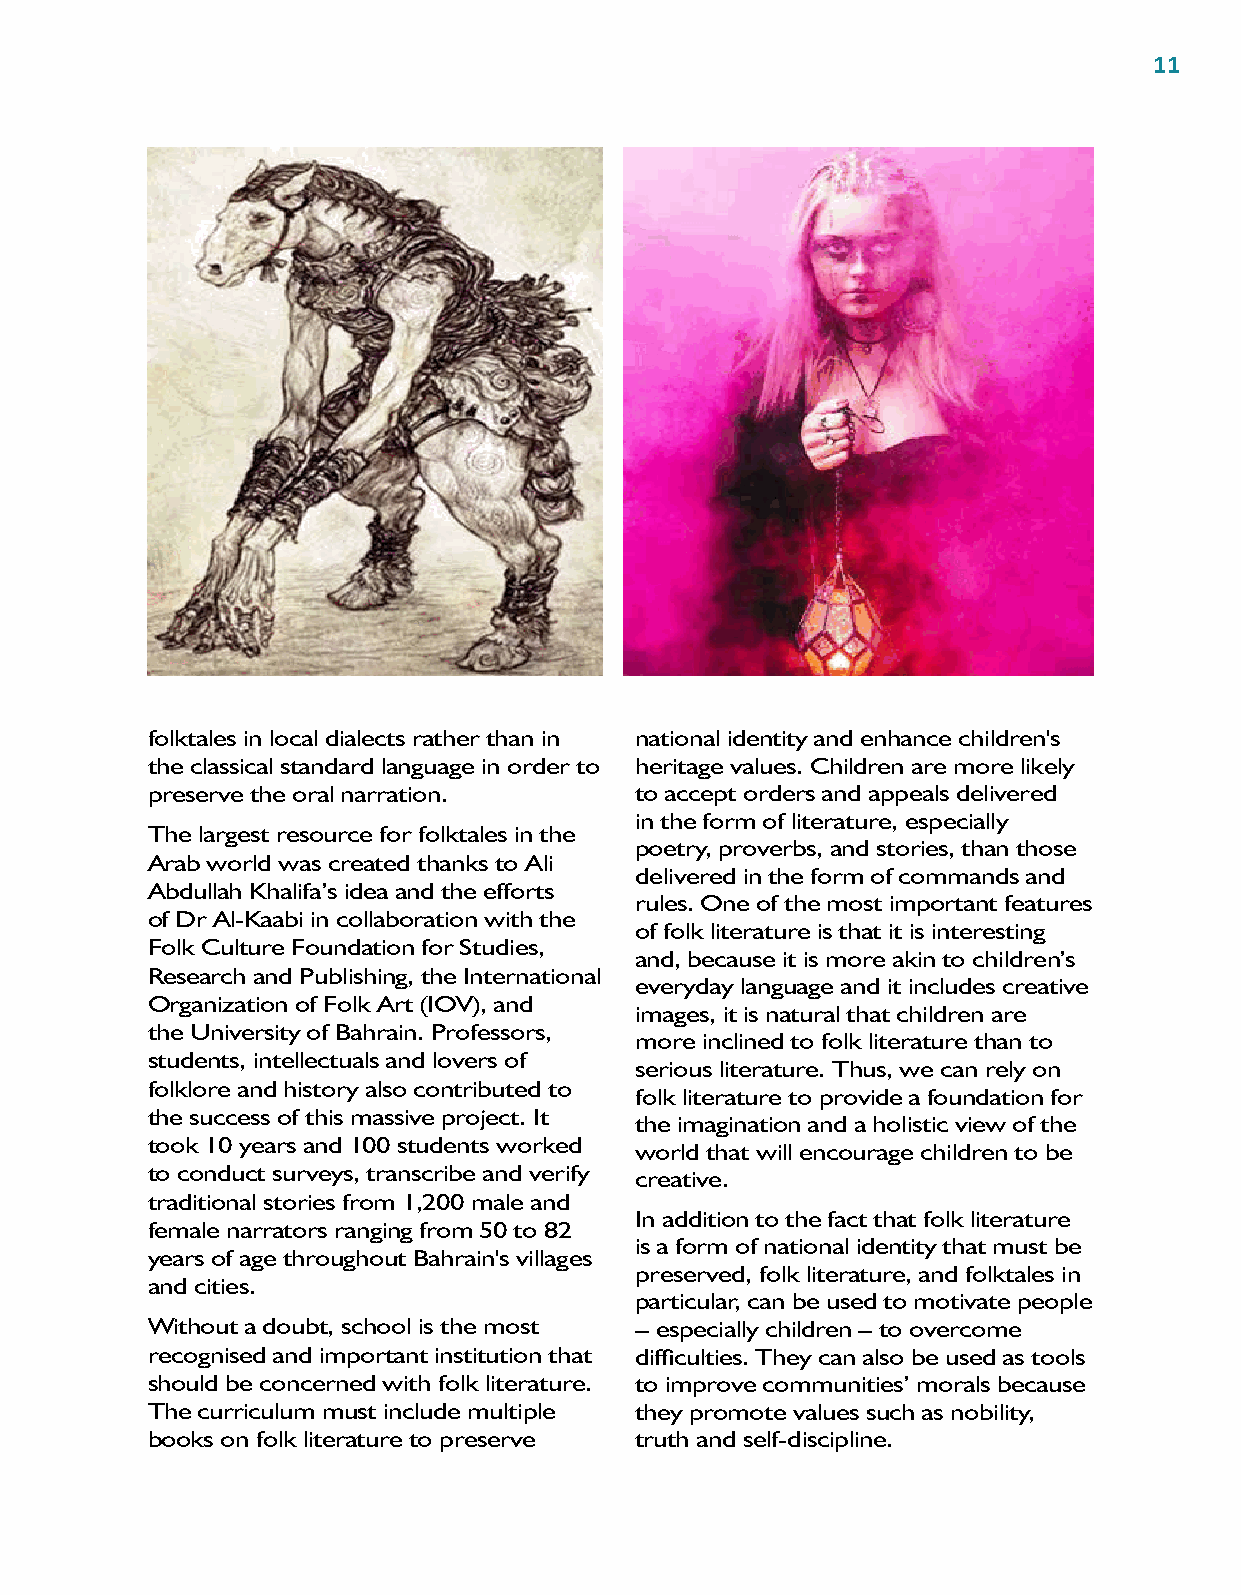
11
 folktales in local dialects rather than in national identity and enhance children's
 the classical standard language in order to heritage values. Children are more likely
 preserve the oral narration.    to accept orders and appeals delivered
 in the form of literature, especially
 The largest resource for folktales in the
 poetry, proverbs, and stories, than those
 Arab world was created thanks to Ali
 delivered in the form of commands and
 Abdullah Khalifa’s idea and the efforts
 rules. One of the most important features
 of Dr Al-Kaabi in collaboration with the
 of folk literature is that it is interesting
 Folk Culture Foundation for Studies,
 and, because it is more akin to children’s
 Research and Publishing, the International
 everyday language and it includes creative
 Organization of Folk Art (IOV), and
 images, it is natural that children are
 the University of Bahrain. Professors,
 more inclined to folk literature than to
 students, intellectuals and lovers of
 serious literature. Thus, we can rely on
 folklore and history also contributed to
 folk literature to provide a foundation for
 the success of this massive project. It
 the imagination and a holistic view of the
 took 10 years and 100 students worked
 world that will encourage children to be
 to conduct surveys, transcribe and verify creative.
 traditional stories from 1,200 male and
 In addition to the fact that folk literature
 female narrators ranging from 50 to 82
 is a form of national identity that must be
 years of age throughout Bahrain's villages
 preserved, folk literature, and folktales in
 and cities.
 particular, can be used to motivate people
 Without a doubt, school is the most – especially children – to overcome
 recognised and important institution that difficulties. They can also be used as tools
 should be concerned with folk literature. to improve communities’ morals because
 The curriculum must include multiple they promote values such as nobility,
 books on folk literature to preserve truth and self-discipline.